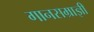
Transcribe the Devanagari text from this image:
गानसम्राज्ञी